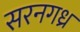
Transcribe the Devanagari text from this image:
सरनगध्र